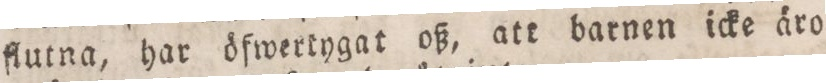
flutna, har öfwertygat oß, att barnen icke äro